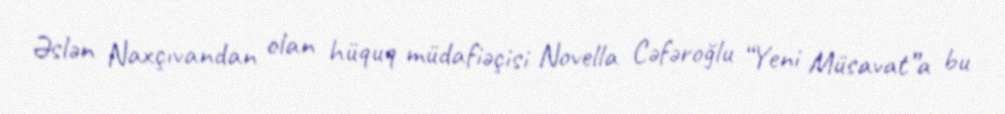
Əslən Naxçıvandan olan hüquq müdafiəçisi Novella Cəfəroğlu “Yeni Müsavat”a bu